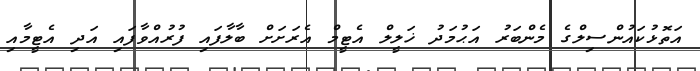
އަތޮޅުކައުންސިލްގެ މެންބަރު އަޙުމަދު ޚަލީލް އެޓީމް އެރަށަށް ބާލާފައި ފުރުއްވާފައި އަދި އެޓީމާއި